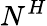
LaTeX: N^{H}